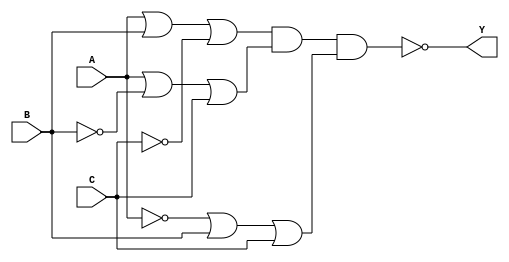
module pos_logic (
    input wire A,  // Input A
    input wire B,  // Input B
    input wire C,  // Input C
    output wire Y  // Output Y
);

// Intermediate sum terms
wire sum1, sum2, sum3;

// Sum term for the first condition (where output is 0)
assign sum1 = (A | B | ~C); // This corresponds to the row where A=0, B=0, C=1

// Sum term for the second condition (where output is 0)
assign sum2 = (A | ~B | C); // This corresponds to the row where A=0, B=1, C=0

// Sum term for the third condition (where output is 0)
assign sum3 = (~A | B | C); // This corresponds to the row where A=1, B=0, C=0

// Final output by AND-ing all sum terms
assign Y = ~(sum1 & sum2 & sum3); // POS output (inverted for correct logic)

endmodule